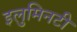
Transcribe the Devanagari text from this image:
इलुमिनटी